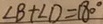
\angle B + \angle D = 1 8 0 ^ { \circ }